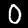
Digit: 0